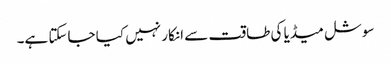
سوشل میڈیا کی طاقت سے انکار نہیں کیا جاسکتا ہے۔